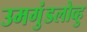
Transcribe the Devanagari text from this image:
उमगुंडलोव्हु